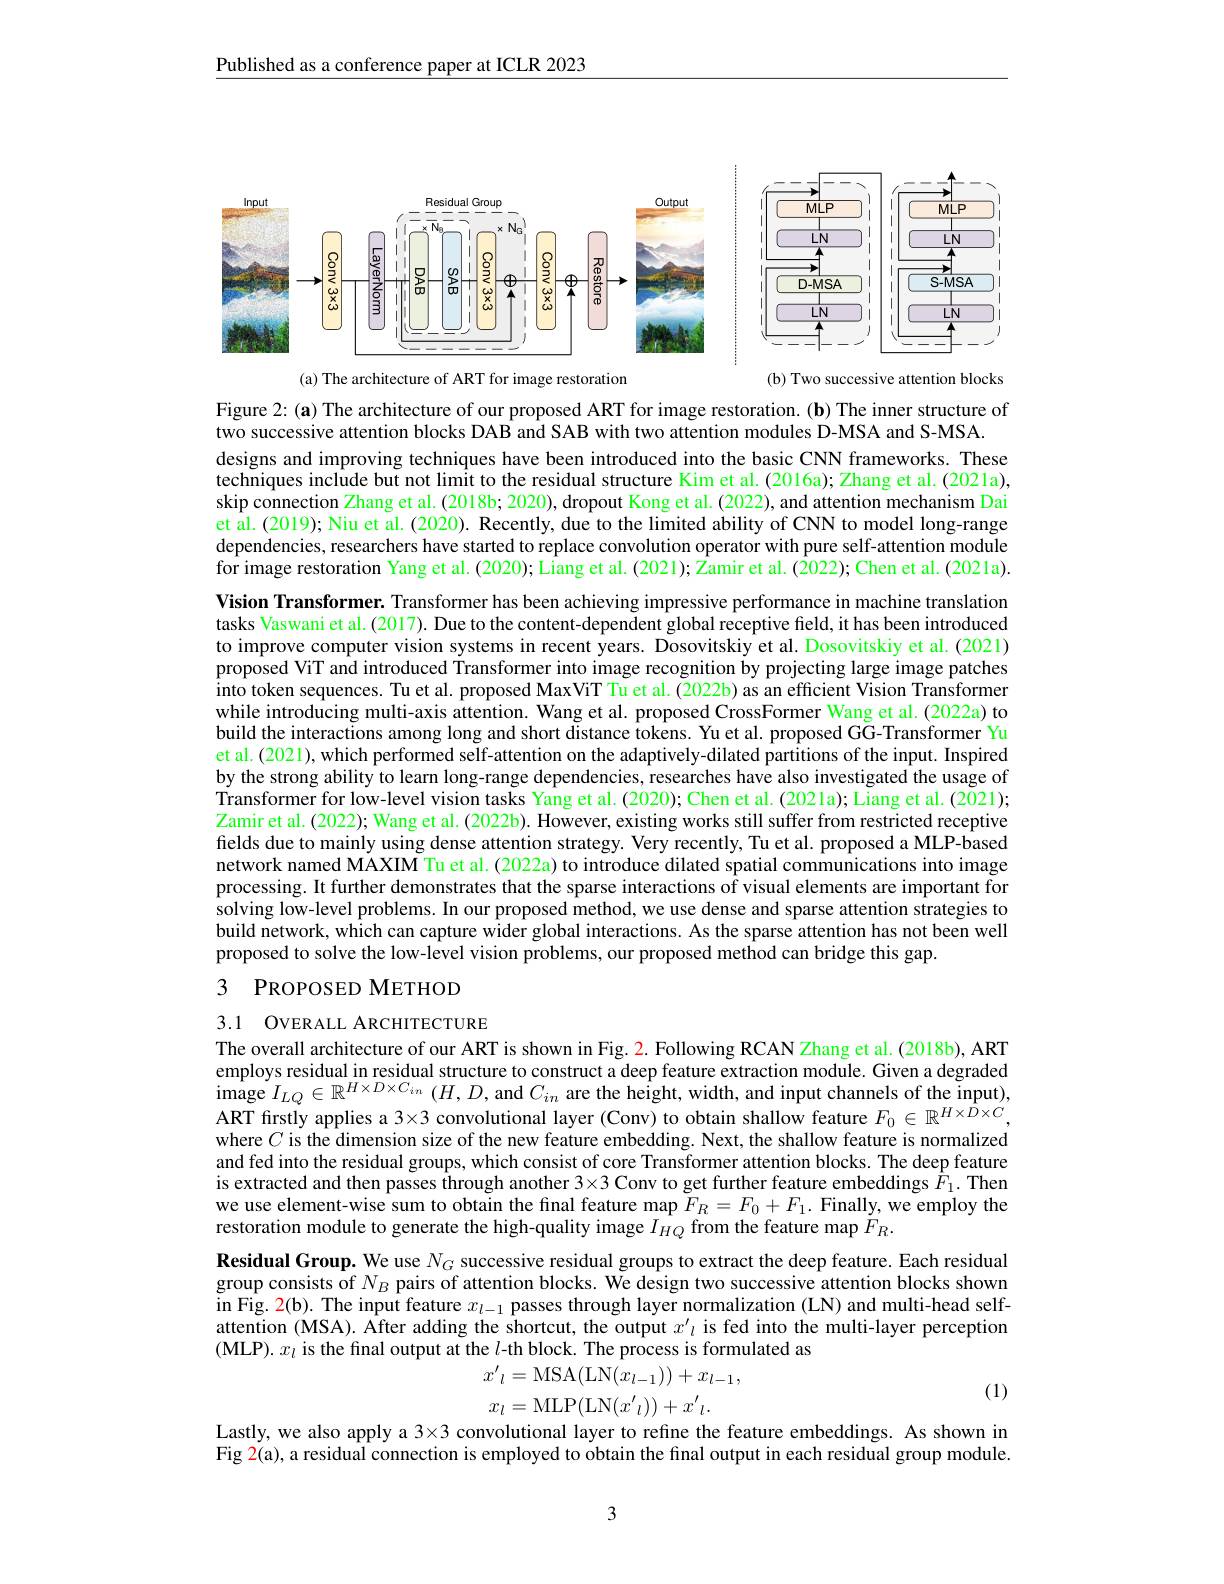
Published as a conference paper at ICLR 2023

<FigureHere>

<FigureHere>
(a) The architecture of ART for image restoration

(b) Two successive attention blocks
Figure 2: (a) The architecture of our proposed ART for image restoration. (b) The inner structure of
two successive attention blocks DAB and SAB with two attention modules D-MSA and S-MSA.
designs and improving techniques have been introduced into the basic CNN frameworks. These techniques include but not limit to the residual structure Kim et al. (2016a); Zhang et al. (2021a), skip connection Zhang et al. (2018b; 2020), dropout Kong et al. (2022), and attention mechanism Dai et al.(2019); Niu et al. (2020). Recently, due to the limited ability of CNN to model long-range dependencies, researchers have started to replace convolution operator with pure self-attention module for image restoration Yang et al.(2020); Liang et al.(2021); Zamir et al. (2022); Chen et al. (2021a). Vision Transformer. Transformer has been achieving impressive performance in machine translation tasks Vaswani et al. (2017). Due to the content-dependent global receptive field, it has been introduced to improve computer vision systems in recent years. Dosovitskiy et al. Dosovitskiy et al. (2021) proposed ViT and introduced Transformer into image recognition by projecting large image patches into token sequences. Tu et al. proposed MaxViT Tu et al.(2022b) as an efficient Vision Transformer while introducing multi-axis attention. Wang et al. proposed CrossFormer Wang et al. (2022a) to build the interactions among long and short distance tokens. Yu et al. proposed GG-Transformer Yu et al. (2021), which performed self-attention on the adaptively-dilated partitions of the input. Inspired by the strong ability to learn long-range dependencies, researches have also investigated the usage of Transformer for low-level vision tasks Yang et al. (2020); Chen et al. (202 la); Liang et al. (2021); Zamir et al. (2022); Wang et al. (2022b). However, existing works still suffer from restricted receptive fields due to mainly using dense attention strategy. Very recently, Tu et al. proposed a MLP-based network named MAXIM Tu et al. (2022a) to introduce dilated spatial communications into image processing. It further demonstrates that the sparse interactions of visual elements are important for solving low-level problems. In our proposed method, we use dense and sparse attention strategies to build network, which can capture wider global interactions. As the sparse attention has not been well proposed to solve the low-level vision problems, our proposed method can bridge this gap.
3 PROPOSED METHOD

3.1 OVERALL ARCHITECTURE

The overall architecture of our ART is shown in Fig. 2. Following RCAN Zhang et al. (2018b), ART employs residual in residual structure to construct a deep feature extraction module. Given a degraded image $I_{LQ}\in\mathbb{R}^{H\times D\times C_{in}}\left(H,D,\mathrm{~and~}C_{in}\text{ are the height, width, and input channels of the input),}\right.$ ART frstly applies a 3×3 convolutional layer (Conv) to obtain shallow feature $F_0\in\mathbb{R}^{H\times D\times C}$, where $C$ is the dimension size of the new feature embedding. Next, the shallow feature is normalized and fed into the residual groups, which consist of core Transformer attention blocks. The deep feature is extracted and then passes through another $3\times3$ Conv to get further feature embeddings $\hat{F}_1.$ Then we use element-wise sum to obtain the final feature map $\tilde{F}_R=F_0+F_1.$ Finally, we employ the restoration module to generate the high-quality image $I_{HQ}$ from the feature map $\dot{F}_R.$
Residual Group. We use $N_G$ successive residual groups to extract the deep feature. Each residual group consists of $N_B$ pairs of attention blocks. We design two successive attention blocks shown in Fig. 2(b). The input feature $x_l-1$ passes through layer normalization (LN) and multi-head selfattention (MSA). After adding the shortcut, the output $x^{\prime}\iota$ is fed into the multi-layer perception (MLP). $x_l$ is the final output at the $l$-th block. The process is formulated as
$$x^{\prime}{}_{l}=\mathrm{MSA}(\mathrm{LN}(x_{l-1}))+x_{l-1},$$
(1)

Lastly, we also apply a 3×3 convolutional layer to refine the feature embeddings. As shown in Fig 2(a), a residual connection is employed to obtain the final output in each residual group module.

3